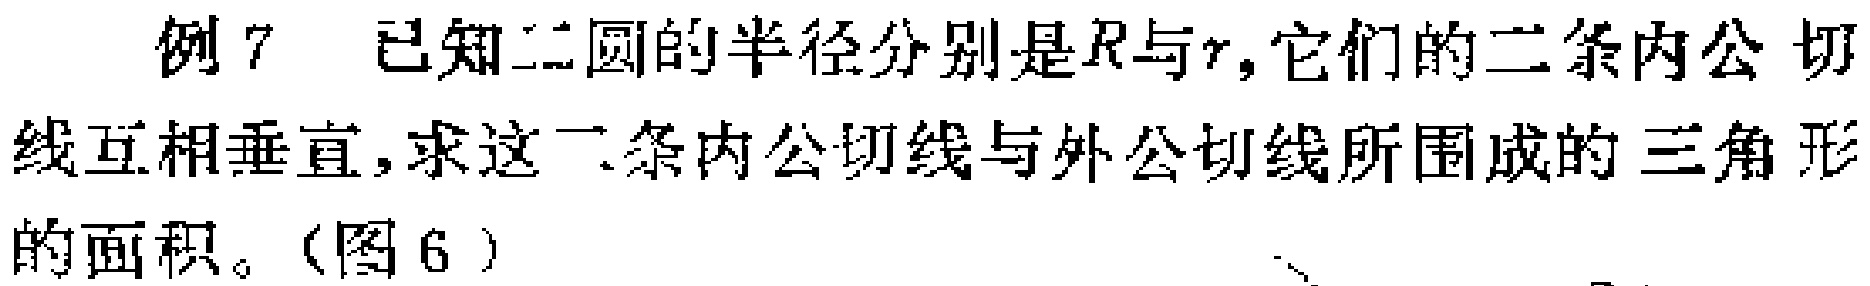
例7 已知二圆的半径分别是\(R\)与\(r\)，它们的二条内公切线互相垂直，求这二条内公切线与外公切线所围成的三角形的面积。（图6）